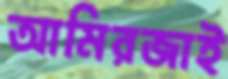
আমিরজাই